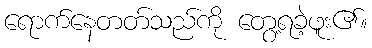
ရောက်နေတတ်သည်ကို တွေ့ရခဲ့ဖူး၏။